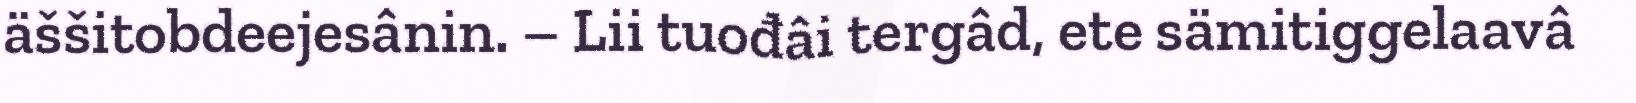
äššitobdeejesânin. – Lii tuođâi tergâd, ete sämitiggelaavâ